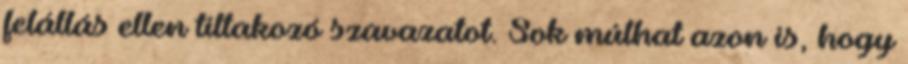
felállás ellen tiltakozó szavazatot. Sok múlhat azon is, hogy